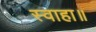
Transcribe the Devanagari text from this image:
स्वाहा॥